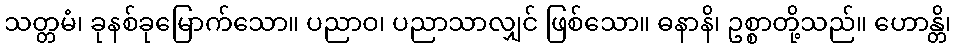
သတ္တမံ၊ ခုနစ်ခုမြောက်သော။ ပညာဝ၊ ပညာသာလျှင် ဖြစ်သော။ ဓနာနိ၊ ဥစ္စာတို့သည်။ ဟောန္တိ၊